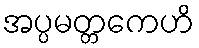
အပ္ပမတ္တကေဟိ